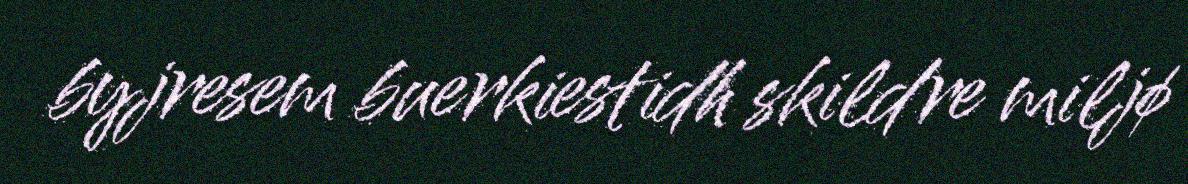
byjresem buerkiestidh skildre miljø